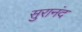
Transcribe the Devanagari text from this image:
सुरानंद